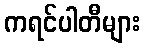
ကရင်ပါတီများ